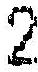
2